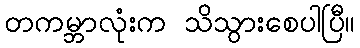
တကမ္ဘာလုံးက သိသွားစေပါပြီ။